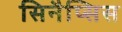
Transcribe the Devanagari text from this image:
सिनैप्सिस